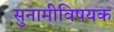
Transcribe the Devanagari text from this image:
सुनामीविषयक